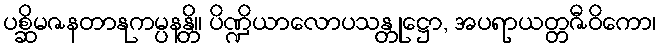
ပစ္ဆိမဇနတာနုကမ္ပနန္တိ။ ပိဏ္ဍိယာလောပသန္တုဋ္ဌော, အပရာယတ္တဇီဝိကော၊